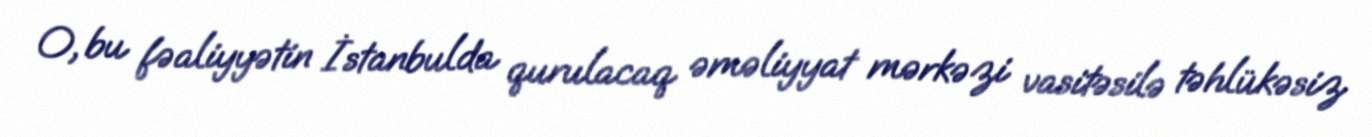
O, bu fəaliyyətin İstanbulda qurulacaq əməliyyat mərkəzi vasitəsilə təhlükəsiz